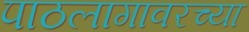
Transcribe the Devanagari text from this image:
पाठलागावरच्या